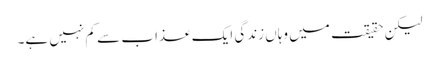
لیکن حقیقت میں وہاں زندگی ایک عذاب سے کم نہیں ہے۔